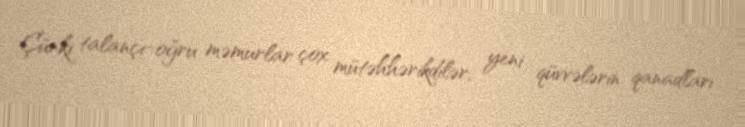
Çünki talançı-oğru məmurlar çox mütəhhərikdilər, yeni qüvvələrin qanadları